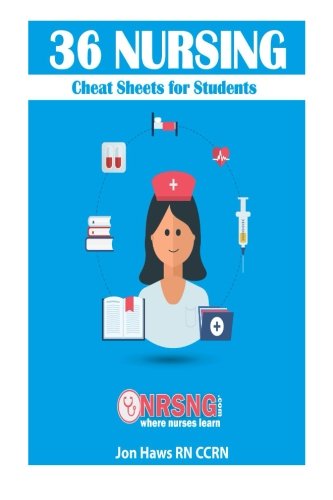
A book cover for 36 Nursing Cheat Sheets for Students; Jon Haws; Medical Books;